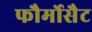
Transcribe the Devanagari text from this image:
फौर्मोसैट